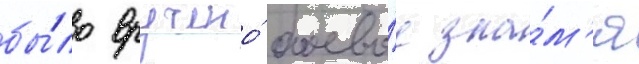
бы́ло вручено́ боево́е зна́м'я